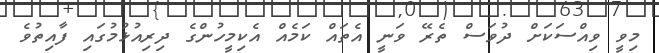
މިވީ ވިއްސަކަށް ދުވަސް ތެރޭ ވަނީ އެތައް ކަމެއް އެކިމީހުންގެ ދިރިއުޅުމުގައި ފާއިތުވެ